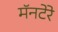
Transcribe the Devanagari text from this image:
मॅनटेरे